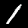
Digit: 1